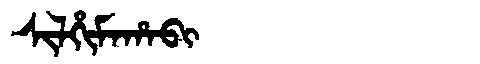
Manchu: ᠰᡳᠯᡥᡳᠮᠠᡥᠠᠪᡳ
Romanization: SILHIMAHABI